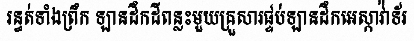
រន្ធត់ទាំងព្រឹក ឡានដឹកដីពន្លះមួយគ្រួសារផ្ទប់ឡានដឹកអេស្កាវ៉ាទ័រ